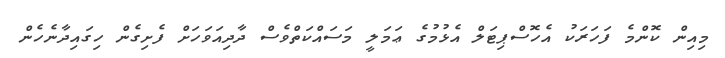
މިއިން ކޮންމެ ފަހަރަކު އެހޮސްޕިޓަލް އެޅުމުގެ ޢަމަލީ މަސައްކަތްވެސް ދާދިއަވަހަށް ފެށިގެން ހިގައިދާނެހެން